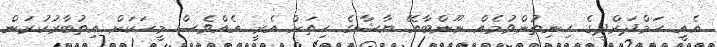
އެއީ ހަމްދަރްދީގެ ހިނިތުންވުމެއް ނޫންބާއޭ ޔާޝާގެ ހިތަށް އެރީ އެއްވެސް މީހަކަށް އިތުބާރުކުރަން